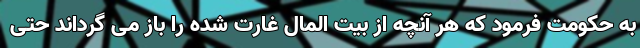
به حکومت فرمود که هر آنچه از بیت المال غارت شده را باز می گرداند حتی